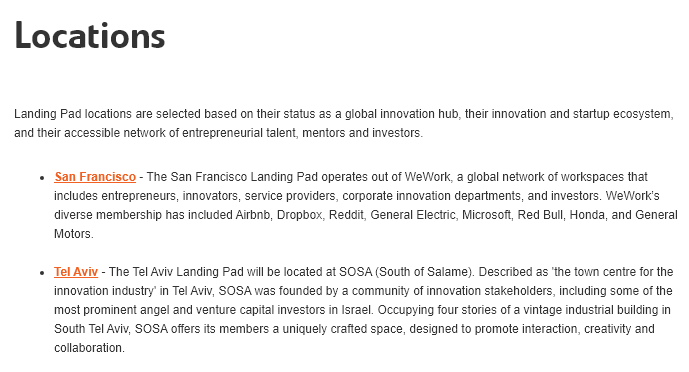
Locations
   Landing Pad locations are selected based on their status as a global innovation hub, their innovation and startup ecosystem,
   and their accessible network of entrepreneurial talent, mentors and investors.
     + San Francisco - The San Francisco Landing Pad operates out of WeWork, a global network of workspaces that
     includes entrepreneurs, innovators, service providers, corporate innovation deparments, and investors. WeWork’s
     diverse membership has included Airbnb, Dropbox, Reddit, General Electric, Microsoft, Red Bull, Honda, and General
     Motors.
     + Tel Aviv
     -
     The Tel Aviv Landing Pad will be located at SOSA (South of Salame). Described as ‘the town centre for the
     innovation industry’ in Te! Aviv, SOSA was founded by a community of innovation stakeholders, including some of the
     most prominent angel and venture capital investors in Israel. Occupying four stories of a vintage industrial building in
     South Tel Aviv, SOSA offers its members a uniquely crafted space, designed to promote interaction, creativity and
     collaboration